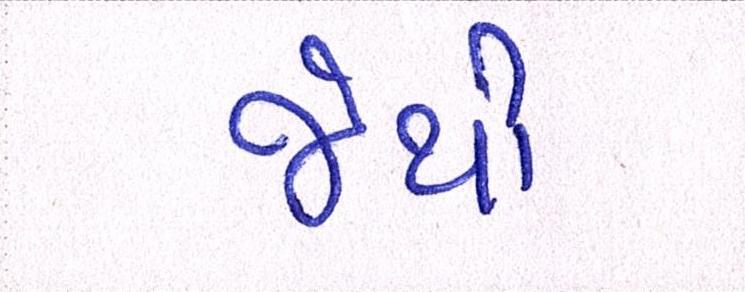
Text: જેથી